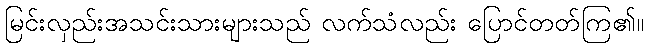
မြင်းလှည်းအသင်းသားများသည် လက်သံလည်း ပြောင်တတ်ကြ၏။